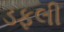
ડફલી